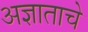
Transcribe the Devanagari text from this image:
अज्ञाताचे